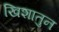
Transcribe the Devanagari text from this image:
खिशातुन